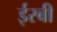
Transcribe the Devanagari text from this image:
ईस्बी